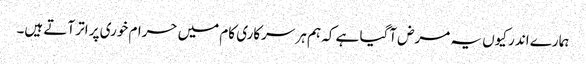
ہمارے اندر کیوں یہ مرض آگیا ہے کہ ہم ہر سرکاری کام میں حرام خوری پر اتر آتے ہیں۔